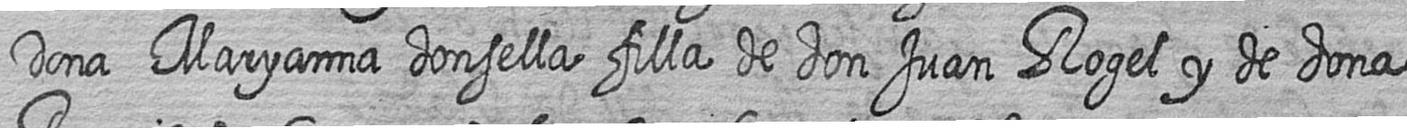
Dona Maryanna donsella filla de don Juan Rogel y de dona